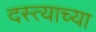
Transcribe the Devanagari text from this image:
दस्त्याच्या